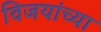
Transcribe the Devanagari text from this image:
विजयांच्या